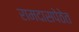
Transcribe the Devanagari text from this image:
रामदासपेठेत